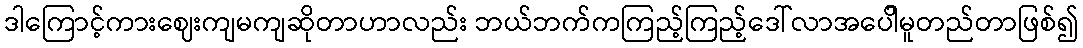
ဒါကြောင့်ကားဈေးကျမကျဆိုတာဟာလည်း ဘယ်ဘက်ကကြည့်ကြည့်ဒေါ်လာအပေါိမူတည်တာဖြစ်၍